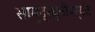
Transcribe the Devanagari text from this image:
सामुद्रधुनीपर्यंत